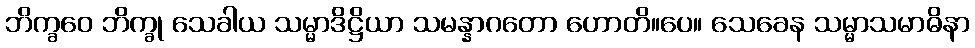
ဘိက္ခဝေ ဘိက္ခု သေခါယ သမ္မာဒိဋ္ဌိယာ သမန္နာဂတော ဟောတိ။ပေ။ သေခေန သမ္မာသမာဓိနာ